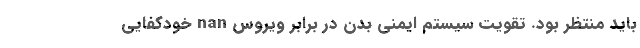
بايد منتظر بود. تقویت سیستم ایمنی بدن در برابر ویروس nan خودکفایی